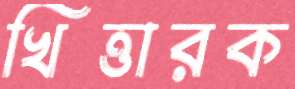
খিত্তারক